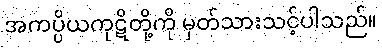
အကပ္ပိယကုဋိတို့ကို မှတ်သားသင့်ပါသည်။